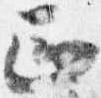
正